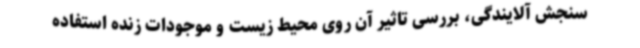
سنجش آلایندگی، بررسی تاثیر آن روی محیط زیست و موجودات زنده استفاده